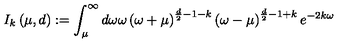
I _ { k } \left( \mu , d \right) : = \int _ { \mu } ^ { \infty } d \omega \omega \left( \omega + \mu \right) ^ { \frac { d } { 2 } - 1 - k } \left( \omega - \mu \right) ^ { \frac { d } { 2 } - 1 + k } e ^ { - 2 k \omega }